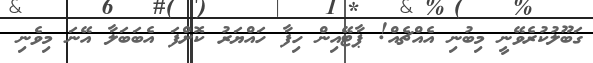
ގަބޫލުކުރެވޭނީ މިބުނި އެއްޗެއް! ޕާޓޭއިން ހިފާ ހައްޔަރު ކޮށްފަ އެބަބަލާ އޭނަ މިވެނި